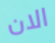
الان